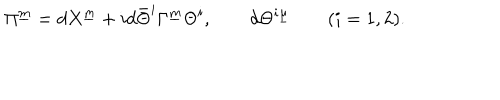
\Pi ^ { \underline { { m } } } = d X ^ { \underline { { m } } } + i d \bar { \Theta } ^ { i } \Gamma ^ { \underline { { m } } } \Theta ^ { i } , \qquad d \Theta ^ { i \underline { { \mu } } } \qquad ( i = 1 , 2 ) .